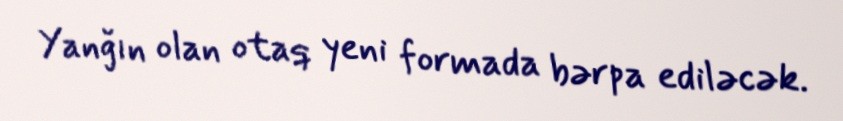
Yanğın olan otaq yeni formada bərpa ediləcək.